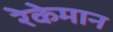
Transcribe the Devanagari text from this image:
रेकेमान